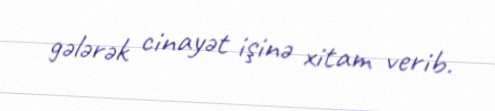
gələrək cinayət işinə xitam verib.